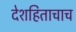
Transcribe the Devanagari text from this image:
देशहिताचाच